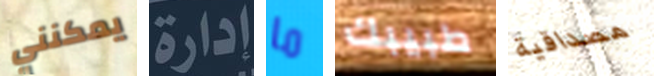
يمكنني إدارة ما طبيبك مصداقية